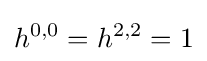
h^{0,0}=h^{2,2}=1